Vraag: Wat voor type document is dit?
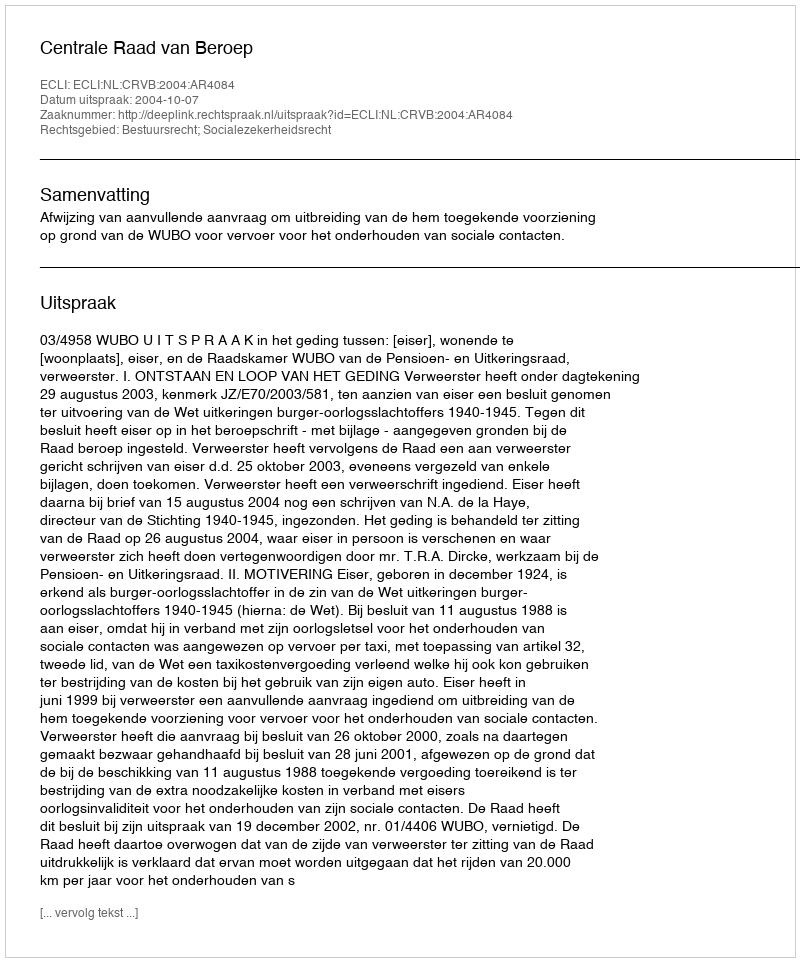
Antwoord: Uitspraak